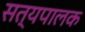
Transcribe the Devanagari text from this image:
सत्यपालक